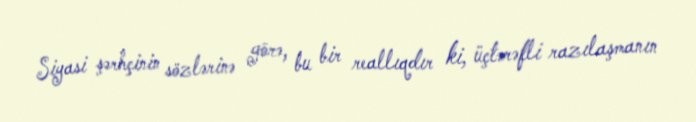
Siyasi şərhçinin sözlərinə görə, bu bir reallıqdır ki, üçtərəfli razılaşmanın